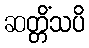
ဆတ္တိံသပိ